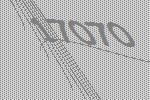
17070